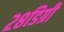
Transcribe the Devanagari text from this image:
२८डिग्री